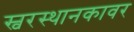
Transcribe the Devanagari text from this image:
स्वरस्थानकावर